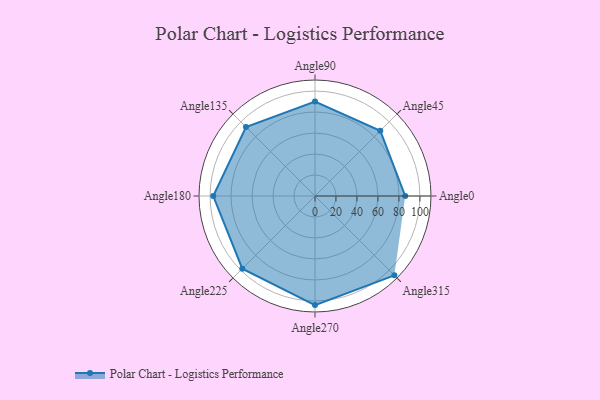
{"axis": {"x": "Angle", "y": "Radius"}, "legend": [""], "data": [{"x": "Angle0", "y": 86.0, "type": ""}, {"x": "Angle45", "y": 88.0, "type": ""}, {"x": "Angle90", "y": 90.0, "type": ""}, {"x": "Angle135", "y": 93.0, "type": ""}, {"x": "Angle180", "y": 97.0, "type": ""}, {"x": "Angle225", "y": 98.0, "type": ""}, {"x": "Angle270", "y": 104.0, "type": ""}, {"x": "Angle315", "y": 107.0, "type": ""}]}